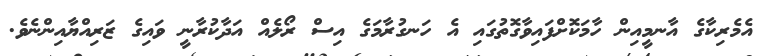
އެމެރިކާގެ އާނމީއިން ހާމަކޮށްފައިވާގޮތުގައި އެ ހަނގުރާމަގެ އިސް ރޯލެއް އަދާކުރާނީ ވައިގެ ޒަރިއްޔާއިންނެވެެ.